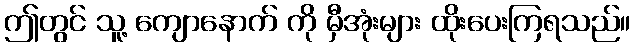
ဤတွင် သူ့ ကျောနောက် ကို မှီအုံးများ ထိုးပေးကြရသည်။